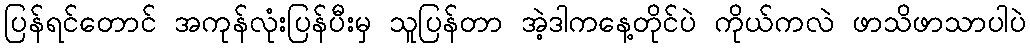
ပြန်ရင်တောင် အကုန်လုံးပြန်ပီးမှ သူပြန်တာ အဲ့ဒါကနေ့တိုင်ပဲ ကိုယ်ကလဲ ဖာသိဖာသာပါပဲ